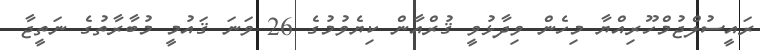
ރައީސުލްޖުމްހޫރިއްޔާ މިހެން ވިދާޅުވީ ޤުރްއާން ކިޔެވުމުގެ 26 ވަނަ ޤައުމީ މުބާރާތުގެ ނަތީޖާ